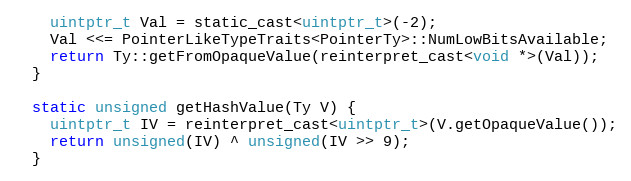
Language: C
    uintptr_t Val = static_cast<uintptr_t>(-2);
    Val <<= PointerLikeTypeTraits<PointerTy>::NumLowBitsAvailable;
    return Ty::getFromOpaqueValue(reinterpret_cast<void *>(Val));
  }

  static unsigned getHashValue(Ty V) {
    uintptr_t IV = reinterpret_cast<uintptr_t>(V.getOpaqueValue());
    return unsigned(IV) ^ unsigned(IV >> 9);
  }